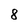
Character: 8